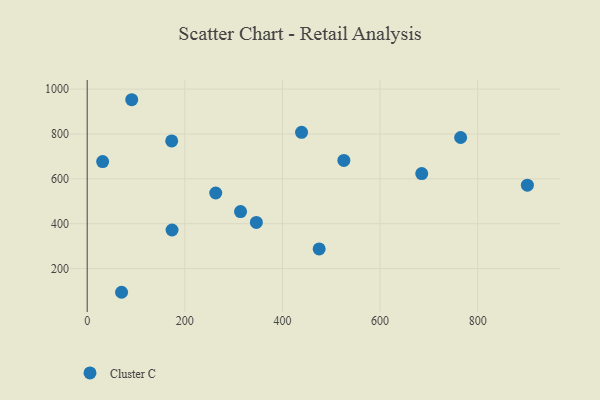
{"axis": {"x": "Experience", "y": "Fuel Efficiency"}, "legend": ["Cluster C"], "data": [{"x": "765.0", "y": 784.4, "type": "Cluster C"}, {"x": "263.3", "y": 537.0, "type": "Cluster C"}, {"x": "525.8", "y": 682.4, "type": "Cluster C"}, {"x": "685.3", "y": 623.7, "type": "Cluster C"}, {"x": "439.1", "y": 807.4, "type": "Cluster C"}, {"x": "173.8", "y": 372.1, "type": "Cluster C"}, {"x": "173.1", "y": 768.9, "type": "Cluster C"}, {"x": "70.4", "y": 94.7, "type": "Cluster C"}, {"x": "475.2", "y": 287.7, "type": "Cluster C"}, {"x": "346.5", "y": 405.9, "type": "Cluster C"}, {"x": "314.1", "y": 454.5, "type": "Cluster C"}, {"x": "31.6", "y": 677.1, "type": "Cluster C"}, {"x": "91.2", "y": 952.7, "type": "Cluster C"}, {"x": "901.7", "y": 572.1, "type": "Cluster C"}]}